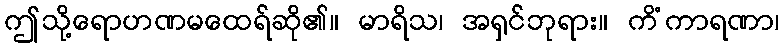
ဤသို့ရောဟဏမထေရ်ဆို၏။ မာရိသ၊ အရှင်ဘုရား။ ကိံကာရဏာ၊